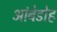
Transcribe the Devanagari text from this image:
आंबेडोह